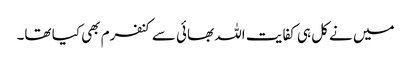
میں نے کل ہی کفایت اللہ بھائی سے کنفرم بھی کیا تھا۔